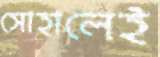
সোহালেই